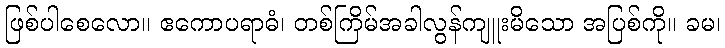
ဖြစ်ပါစေလော။ ဧကောပရာဓံ၊ တစ်ကြိမ်အခါလွန်ကျူးမိသော အပြစ်ကို။ ခမ၊